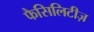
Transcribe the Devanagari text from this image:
फैसिलिटीज़